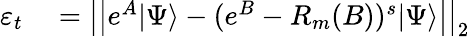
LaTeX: \begin{array}{rl}{\varepsilon_{t}}&{{}=\left|\left|e^{A}|\Psi\rangle-(e^{B}-R_{m}(B))^{s}|\Psi\rangle\right|\right|_{2}}\end{array}